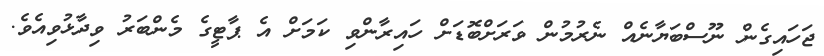
ޖަހައިގެން ނޫސްބަޔާނެއް ނެރުމުން ވަރަށްބޮޑަށް ހައިރާންވި ކަމަށް އެ ޕާޓީގެ މެންބަރު ވިދާޅުވިއެވެ.